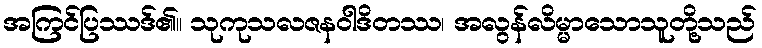
အကြင်ပြဿဒ်၏။ သုကုသလဇနဝါဒိတဿ၊ အလွန်လိမ္မာသောသူတို့သည်